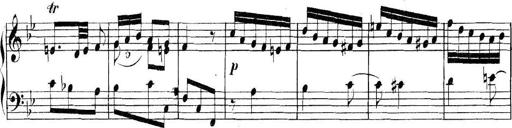
Title: Collected Piano Sonatas
Composer: Muzio Clementi